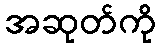
အဆုတ်ကို